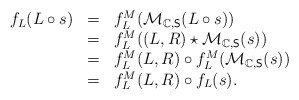
\begin{align*}\begin{array}{lll}f_L(L\circ s)&=&f^M_L(\mathcal{M}_{\mathbb{C},\mathsf{S}}(L\circ s))\\&=&f^M_L((L,R)\star\mathcal{M}_{\mathbb{C},\mathsf{S}}(s))\\&=&f^M_L(L,R)\circ f^M_L(\mathcal{M}_{\mathbb{C},\mathsf{S}}(s))\\&=&f^M_{L}(L,R)\circ f_L(s).\end{array}\end{align*}